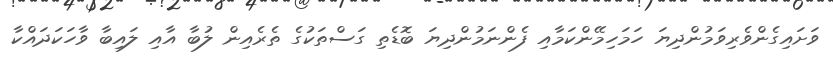
ވަށައިގެންވެރިވަމުންދިޔަ ހަމަހިމޭންކަމާއި ފެންނަމުންދިޔަ ބޮޑެތި ގަސްތަކުގެ ތެރެއިން ލުބާ އާއި ލައިބާ ވާހަކަދައްކާ